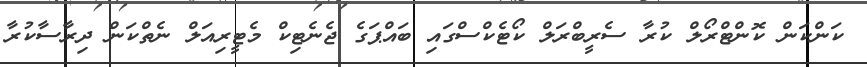
ކަންކަން ކޮންޓްރޯލް ކުރާ ސެރީބްރަލް ކޯޓެކްސްގައި ބައްޕަގެ ޖެނެޓިކް މެޓީރިއަލް ނެތްކަން ދިރާސާކުރާ